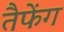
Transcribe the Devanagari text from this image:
तैफेंग